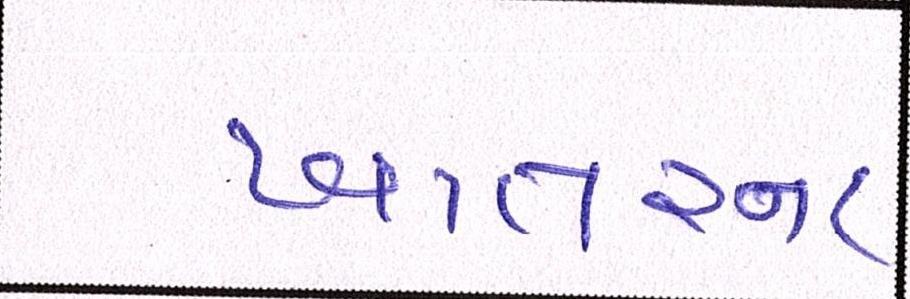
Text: ખાતરના